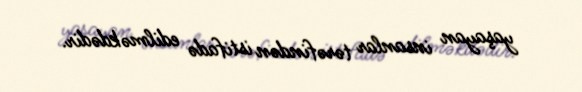
yaşayan insanlar tərəfindən istifadə edilməkdədir.